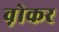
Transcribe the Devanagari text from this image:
व़ोकर